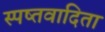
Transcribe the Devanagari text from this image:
स्पष्तवादिता